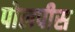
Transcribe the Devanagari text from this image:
पोलपीस